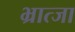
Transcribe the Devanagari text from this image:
भ्रात्जा